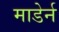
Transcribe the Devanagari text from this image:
माडेर्न